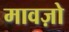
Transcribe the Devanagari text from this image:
मावज़ो